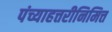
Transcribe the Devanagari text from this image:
पंच्याहत्तरीनिमित्त